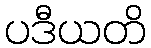
ပဒီယတိ